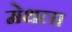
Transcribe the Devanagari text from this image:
मेथला